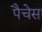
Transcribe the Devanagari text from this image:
पैचेस